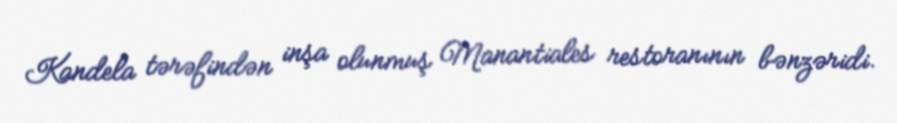
Kandela tərəfindən inşa olunmuş Manantiales restoranının bənzəridi.